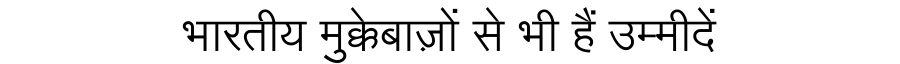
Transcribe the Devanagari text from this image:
भारतीय मुक्केबाज़ों से भी हैं उम्मीदें